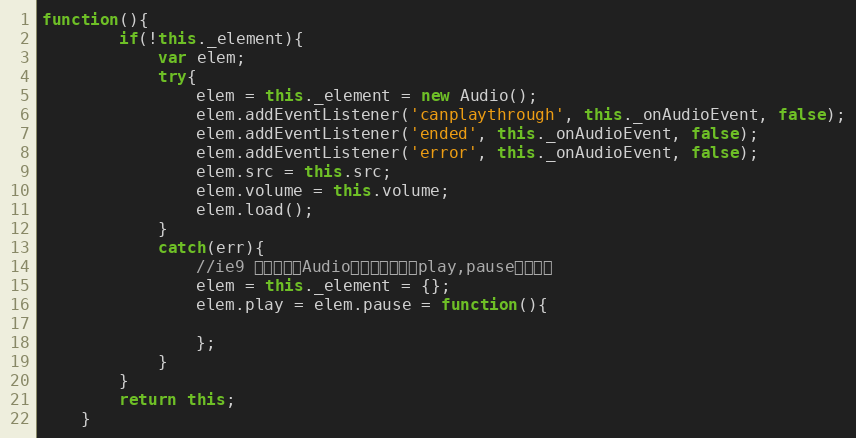
Language: JavaScript
function(){
        if(!this._element){
            var elem;
            try{
                elem = this._element = new Audio();
                elem.addEventListener('canplaythrough', this._onAudioEvent, false);
                elem.addEventListener('ended', this._onAudioEvent, false);
                elem.addEventListener('error', this._onAudioEvent, false);
                elem.src = this.src;
                elem.volume = this.volume;
                elem.load();
            }
            catch(err){
                //ie9 某些版本有Audio对象，但是执行play,pause会报错！
                elem = this._element = {};
                elem.play = elem.pause = function(){

                };
            }
        }
        return this;
    }